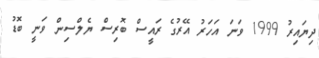
ދިޔައިރު 1999 ވަނަ އަހަރު އޭރުގެ ރައީސް ބޮރިސް ޔެލްސިން ވަނީ ބޮޑު